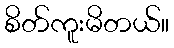
စိတ်ကူးမိတယ်။